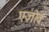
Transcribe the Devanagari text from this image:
एज़ोव